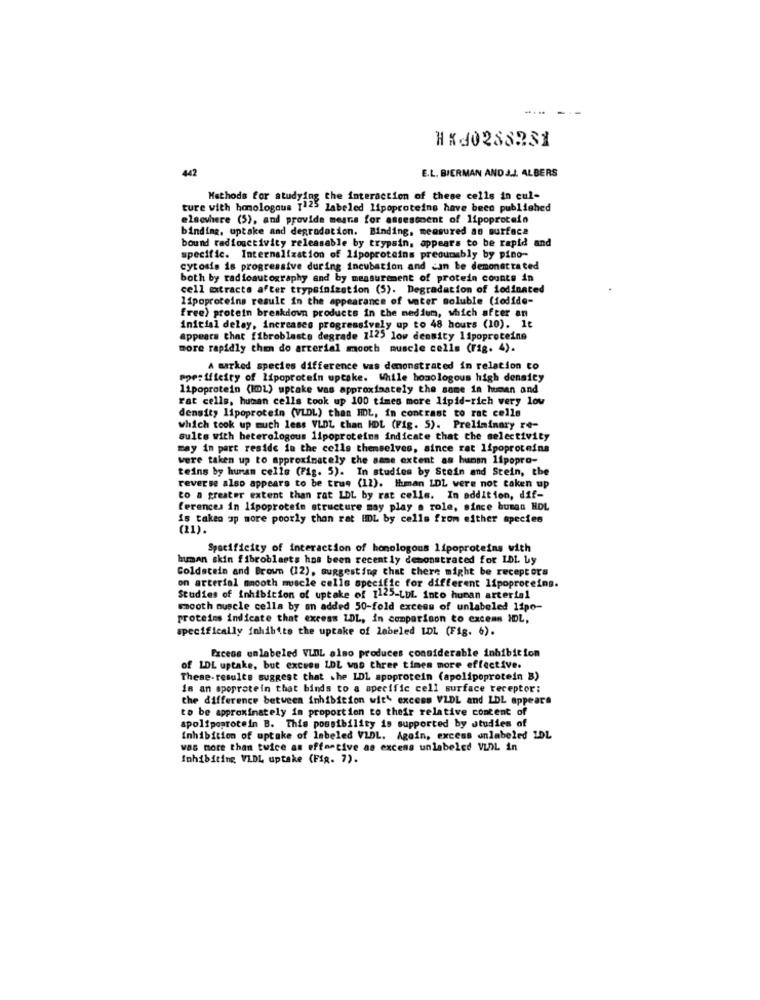
HXd0288231
442
E.L. BIERMAN AND J.J. ALBERS
Methods for studying the interaction of these cells in cul-
ture with homologous 1125 labeled lipoproteins have been published
elsewhere (5), and provide means for assessment of lipoprotein
binding, uptake and degradation. Binding, measured as surface
bound radiogctivity releasable by trypsin, appears to be rapid and
specific. Internalization of lipoproteins presumably by pino-
cytosis is progressive during incubation and can be demonstrated
both by radioautography and by measurement of protein counts in
cell extracto after trypsinization (5). Degradation of iodinated
lipoproteins result in the appearance of water soluble (iodide-
free) protein breakdown products in the medium, which after an
initial delay, increases progressively up to 48 hours (10). It
appears that fibroblasto degrade 1125 low density lipoproteins
more rapidly then do arterial mooth muscle cells (Fig. 4).
A marked species difference was demonstrated in relation to
Por: dieiry of lipoprotein uptake. While homologous high density
lipoprotein (IDL) uptake was approximately the same in human and
Fat cells, human cells took up 100 times more lipid-rich very low
density lipoprotein (VLDL) than HDL, in contrast to rat celle
which took up much less VLDL than HDL (Fig. 5). Preliminary re-
sules with heterologous lipoproteins indicate that the selectivity
may in part reside in the cells themselves, since rat lipoproteins
were taken up to approximately the same extent as human lipopro-
teins by human celle (Fig. 5). In studies by Stein and Stein, the
reverse also appears to be true (12). Ihmman LDL were not taken up
to a greater extent than rat LDL by rat cells. In addition, dif-
ferences in lipoprotein structure may play a role, since human HOL
is taken op more poorly than rat IL by cells from either species
(1).
Specificity of interaction of homologous lipoproteins with
human skin fibroblasts has been recently demonstrated for LDL by
Coldstein and Brown (12), suggesting that there might be receptors
on arterial smooth muscle cells specific for different lipoproteins.
Studies of inhibition of uptake of 1125-LDL into human arterial
smooth muscle cella by an added 50-fold excess of unlabeled lipo-
proteins indicate that excess LDL, in comparison to excems HDL,
specifically inhibits the uptake of labeled LDL (Fig. 6).
Excess unlabeled VLDL also produces considerable inhibition
of LDL uptake, but excess LDL was three times more effective.
These-results suggest that the LDL spoprotein (apolipoprotein B)
is an spoprotein that binds to a specific cell surface receptor:
the difference between inhibition with excess VLDL and LDL appears
to be approximately in proportion to their relative content of
apolipoprotein B. This possibility is supported by studies of
Inhibition of uptake of labeled VLDL. Again, excess anlabeled LDL
was more than twice as effective as excess unlabeled VLDL in
Inhibiting, VLDL uptake (Fig. 7).